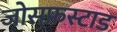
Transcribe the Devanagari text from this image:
जोसफ़स्टाड